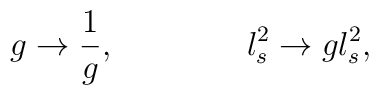
g\rightarrow {1\over g}, \qquad \qquad l^2_s \rightarrow g l_s^2,